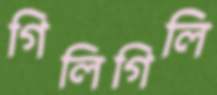
গিলিগিলি